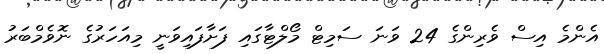
އެންމެ އިސް ވެރިންގެ 24 ވަނަ ސަމިޓް މޯލްޓާގައި ފަށާފައިވަނީ މިއަހަރުގެ ނޮވެމްބަރު